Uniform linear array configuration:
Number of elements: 8
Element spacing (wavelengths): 0.5
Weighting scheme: hann
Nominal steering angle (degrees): -15
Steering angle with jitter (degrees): -15.757
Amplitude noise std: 0.05
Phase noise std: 0.05

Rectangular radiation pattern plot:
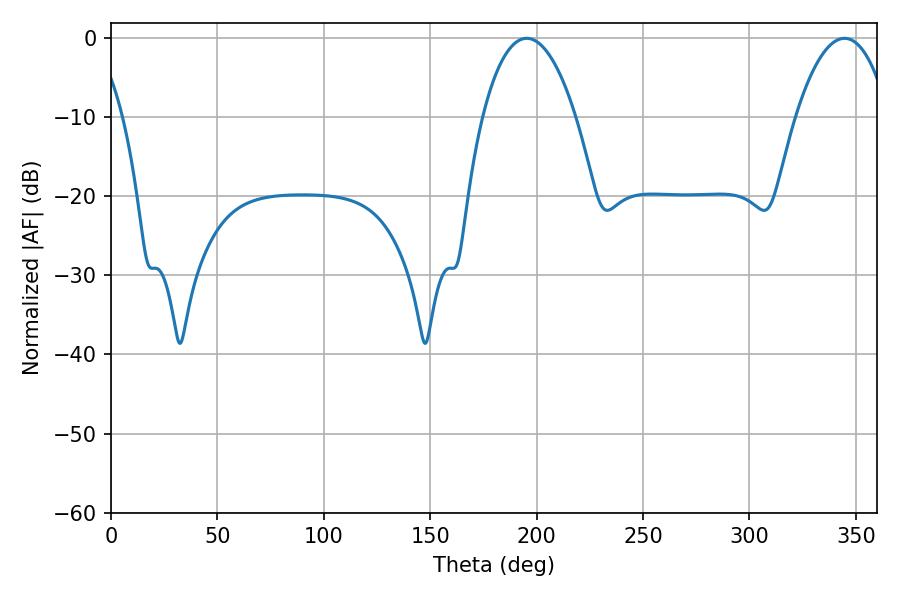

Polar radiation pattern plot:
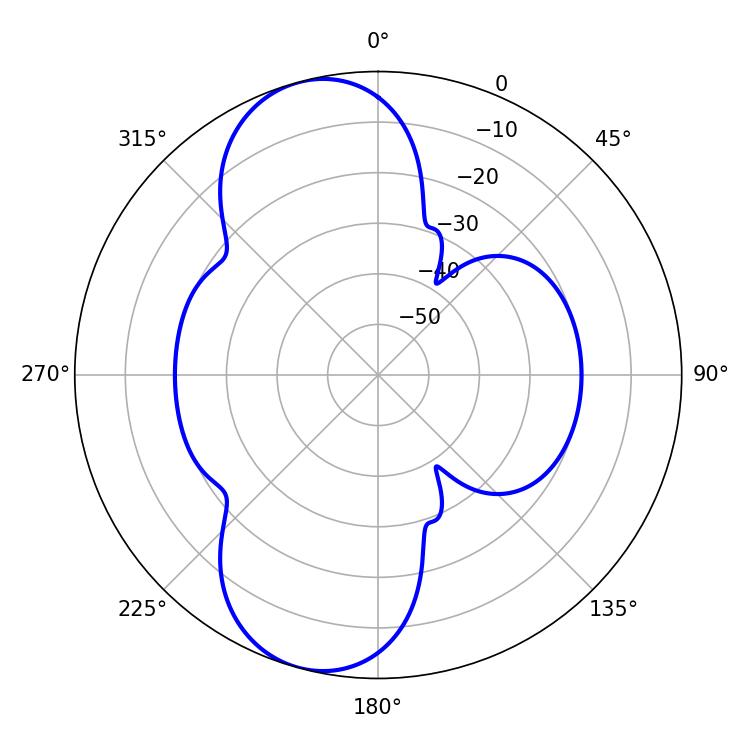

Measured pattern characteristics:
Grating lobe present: FALSE
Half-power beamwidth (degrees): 24.48
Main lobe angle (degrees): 195.3